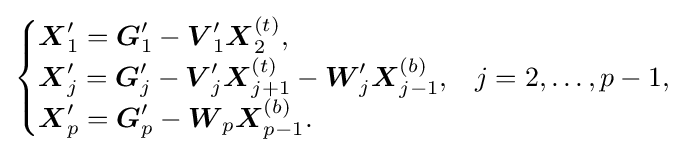
{\begin{cases}{\boldsymbol {X}}_{1}'={\boldsymbol {G}}_{1}'-{\boldsymbol {V}}_{1}'{\boldsymbol {X}}_{2}^{(t)}{\text{,}}\\{\boldsymbol {X}}_{j}'={\boldsymbol {G}}_{j}'-{\boldsymbol {V}}_{j}'{\boldsymbol {X}}_{j+1}^{(t)}-{\boldsymbol {W}}_{j}'{\boldsymbol {X}}_{j-1}^{(b)}{\text{,}}&j=2,\ldots ,p-1{\text{,}}\\{\boldsymbol {X}}_{p}'={\boldsymbol {G}}_{p}'-{\boldsymbol {W}}_{p}{\boldsymbol {X}}_{p-1}^{(b)}{\text{.}}\end{cases}}